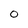
Character: 0